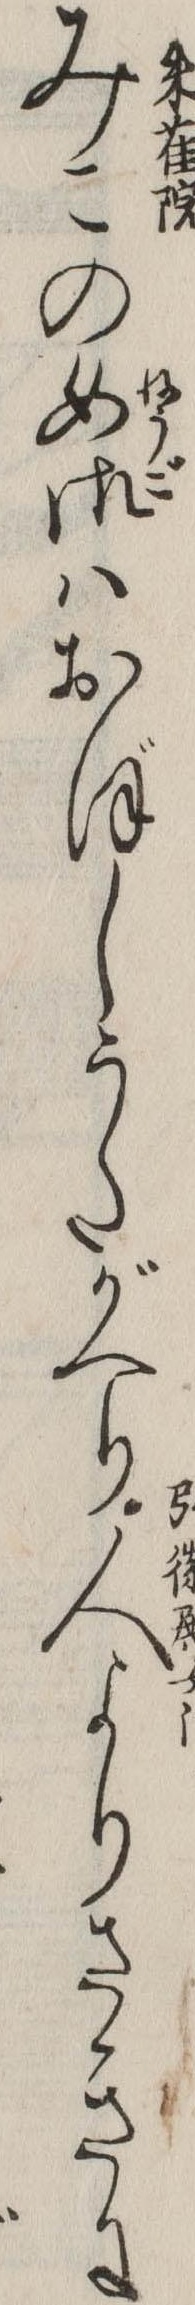
みこの女御はおぼしうたがへり人よりさきに